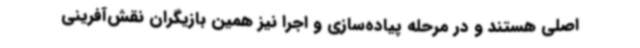
اصلی هستند و در مرحله پیاده‌سازی و اجرا نیز همین بازیگران نقش‌آفرینی